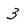
Character: 3